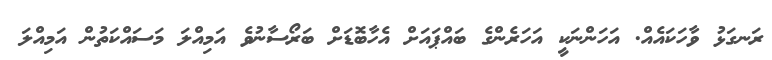
ރަނގަޅު ވާހަކައެއް. އަހަންނަކީ އަހަރެންގެ ބައްޕައަށް އެހާބޮޑަށް ބަރޯސާނުވެ އަމިއްލަ މަސައްކަތުން އަމިއްލަ